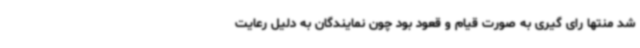
شد منتها رای گیری به صورت قیام و قعود بود چون نمایندگان به دلیل رعایت